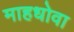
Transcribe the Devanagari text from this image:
माहधोवा